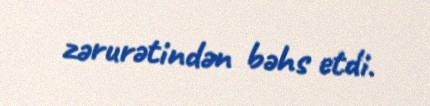
zərurətindən bəhs etdi.